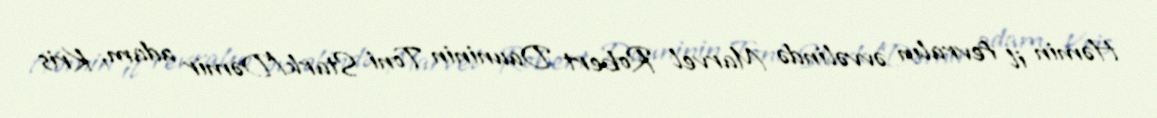
Həmin il fevralın əvvəlində Marvel Robert Dauninin Toni Stark/Dəmir adam, Kris